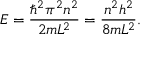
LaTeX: E = { \frac { \hbar ^ { 2 } \pi ^ { 2 } n ^ { 2 } } { 2 m L ^ { 2 } } } = { \frac { n ^ { 2 } h ^ { 2 } } { 8 m L ^ { 2 } } } .